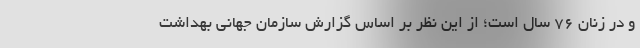
و در زنان ۷۶ سال است؛ از این نظر بر اساس گزارش سازمان جهانی بهداشت